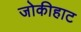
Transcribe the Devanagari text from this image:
जोकीहाट